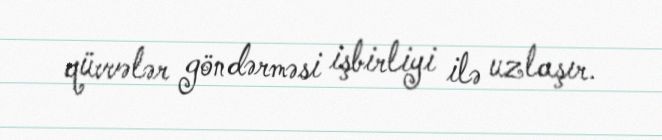
qüvvələr göndərməsi işbirliyi ilə uzlaşır.